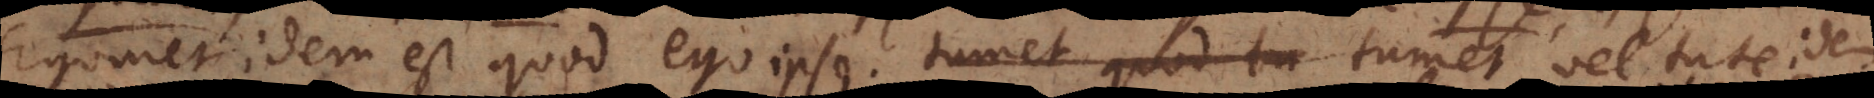
Egomet idem est quod ego ipse. Tumet vel tute idem